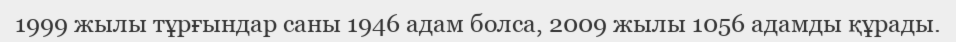
1999 жылы тұрғындар саны 1946 адам болса, 2009 жылы 1056 адамды құрады.